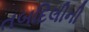
તબદિલીની